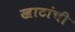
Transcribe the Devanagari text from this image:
खाटांची